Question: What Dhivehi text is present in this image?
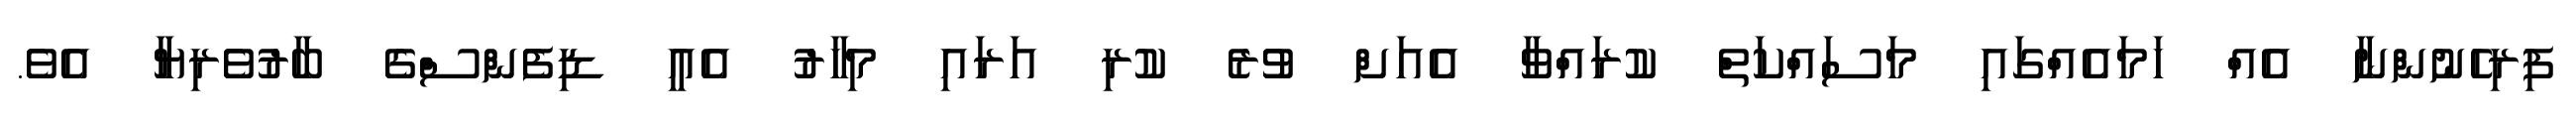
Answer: ފިރިހެނުންނާ އެއް ހަމައެއްގައި މަސައްކަތް ކުރައްވާ އެއަށް ވުރެ ކުރި އަރައި މިހާރު އެއީ ޑިފެންސްގެ ބާރުވެރިޔާ އެވެ.